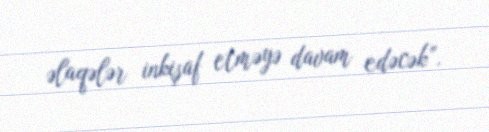
əlaqələr inkişaf etməyə davam edəcək”.